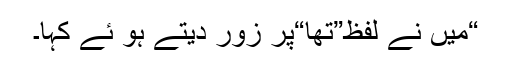
“میں نے لفظ”تھا“پر زور دیتے ہو ئے کہا۔